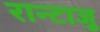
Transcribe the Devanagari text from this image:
रान्टाजु